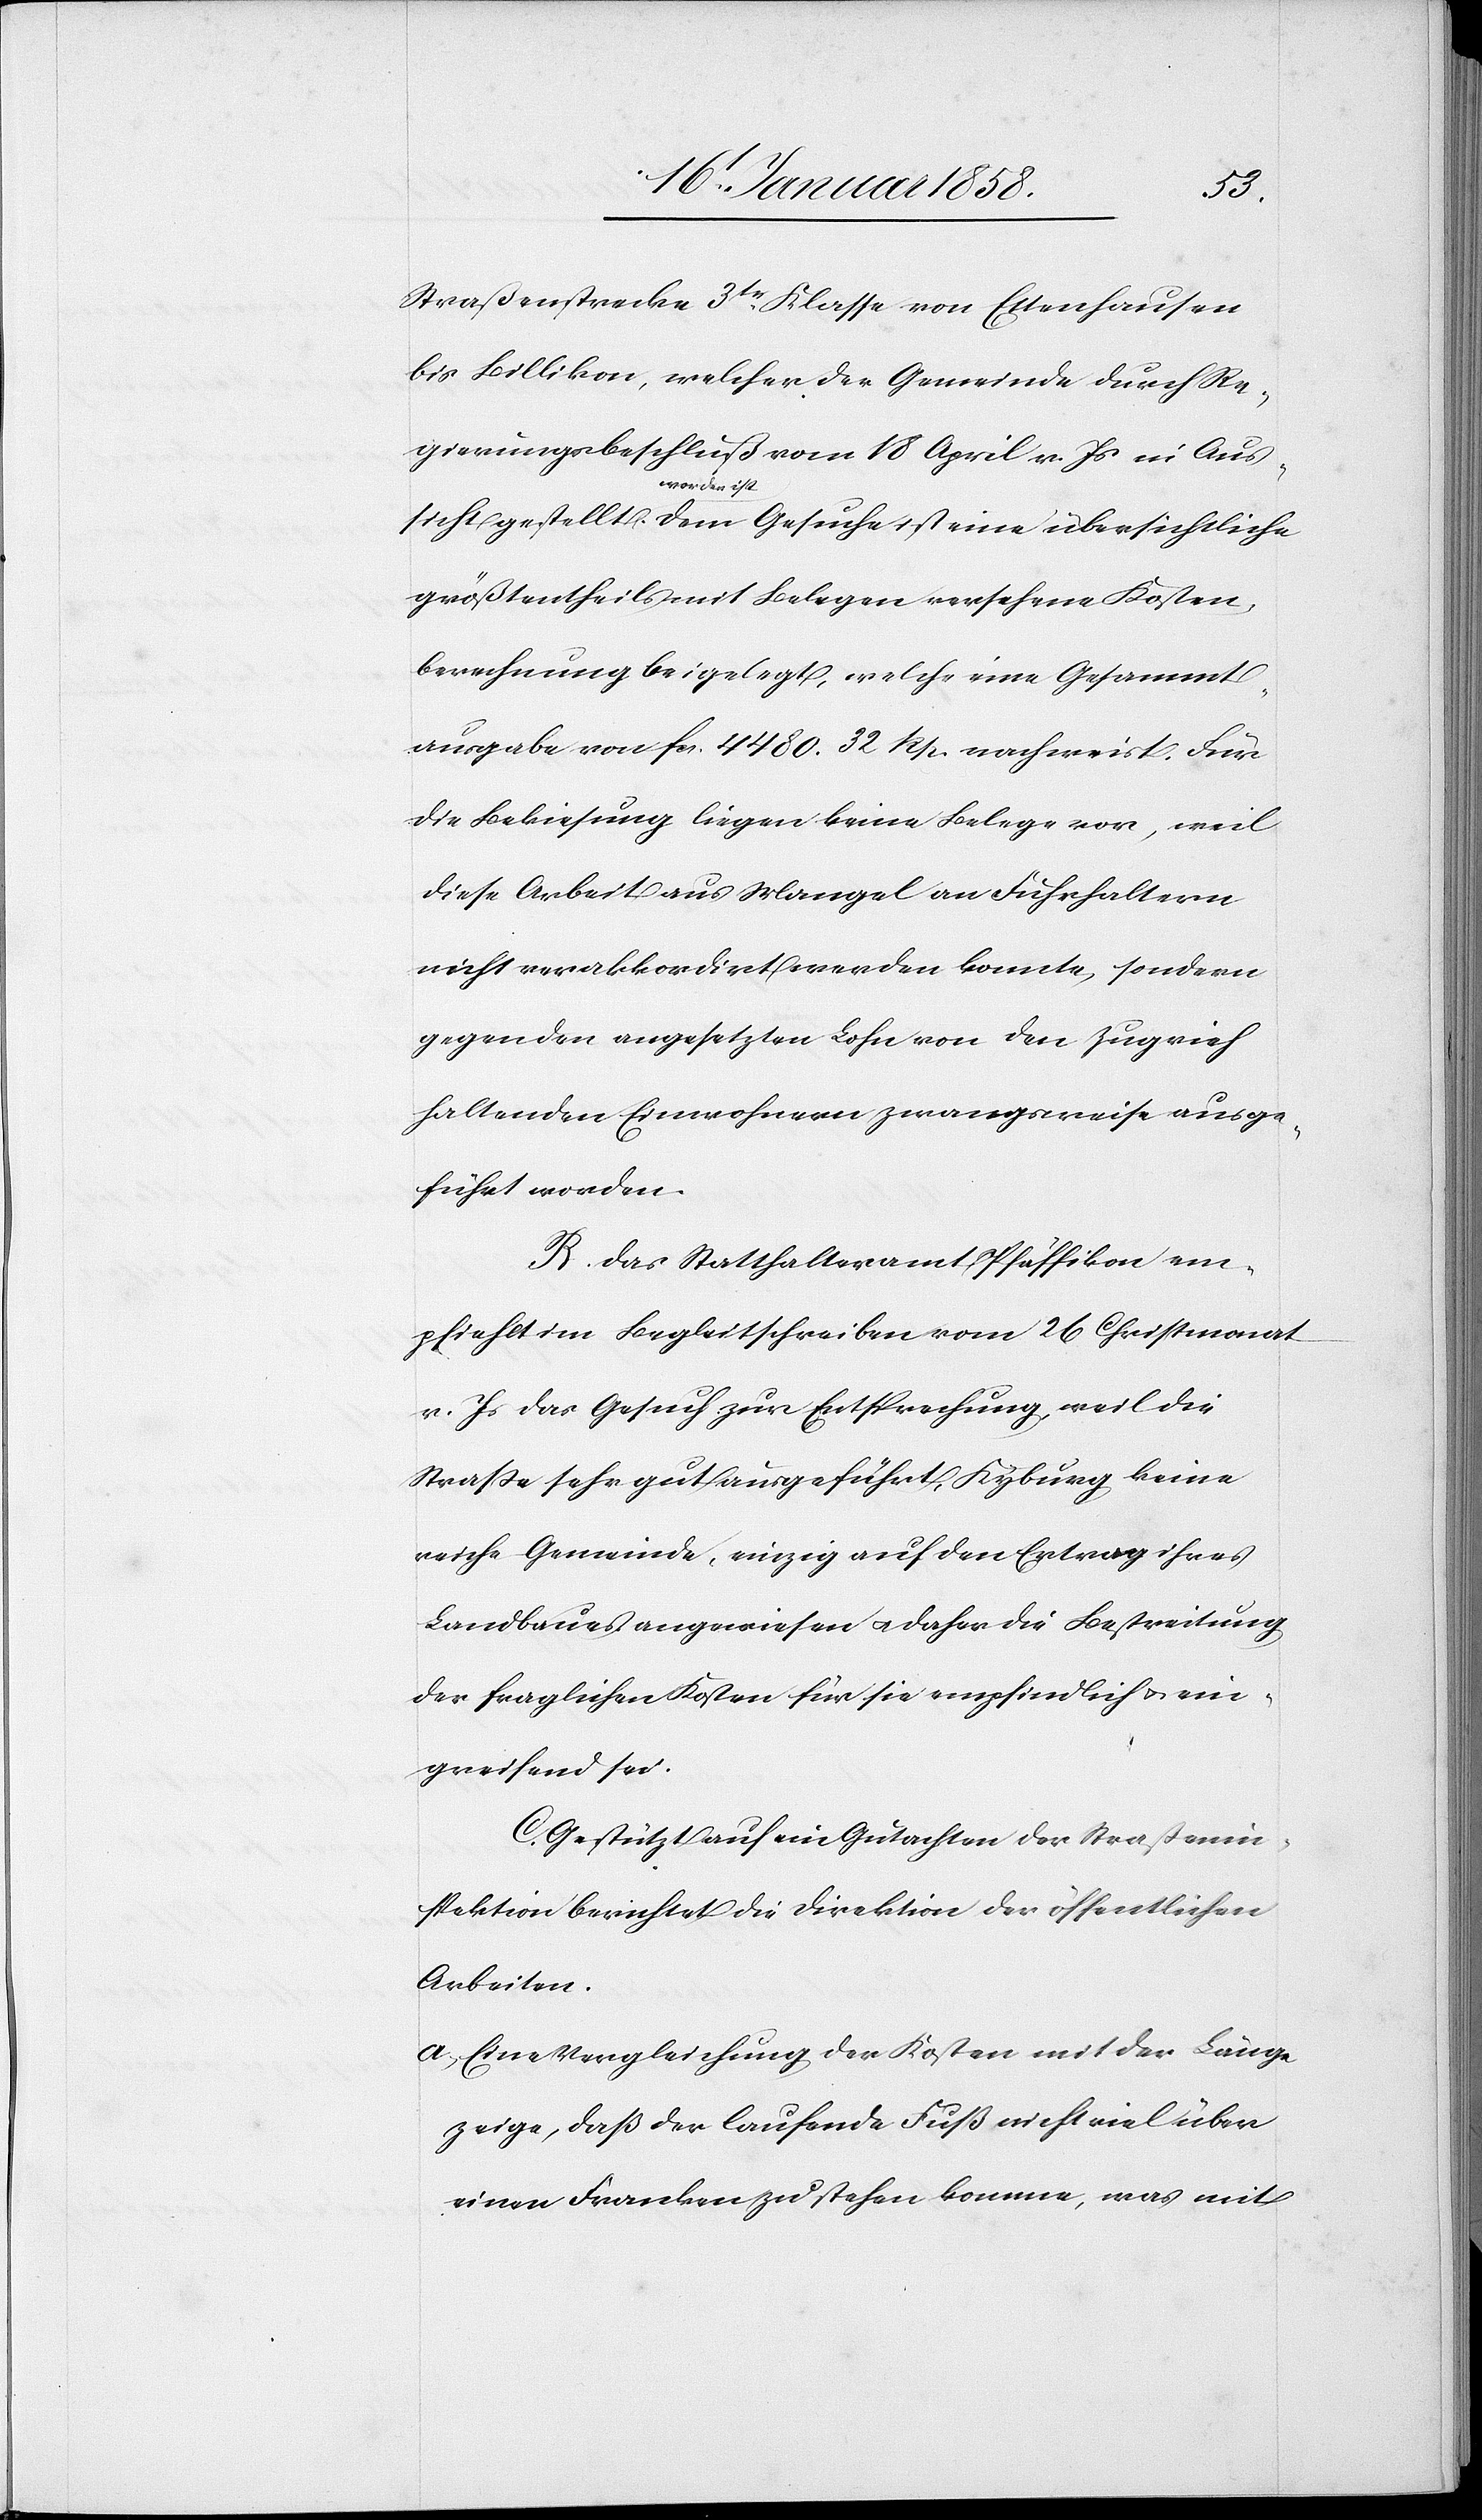
Straßenstrecke 3te. Klasse von Ettenhausen
bis Billikon, welcher der Gemeinde durch Re¬
gierungsbeschluß vom 18 April v. Js in Auss¬
worden
ist
größtentheils mit Belegen versehene Kosten¬
berechnung beigelegt, welche eine Gesammt¬
ausgabe von fcs. 4480. 32. Rp. nachweist. Für
die Bekiesung liegen keine Belege vor, weil
diese Arbeit aus Mangel an Fuhrhaltern
nicht verakkordirt werden konnte, sondern
gegen den angesetzten Lohn von den Zugvieh
haltenden Einwohnern zwangsweise ausge¬
führt worden.
B. Das Statthalteramt Pfäffikon em¬
pfiehlt im Begleitschreiben vom 26 Christmonat
v. Js das Gesuch zur Entsprechung, weil die
Straße sehr gut ausgeführt, Kybrug keine
reiche Gemeinde, einzig auf den Ertrag ihres
Landbaues angewiesen u. daher die Bestreitung
der fraglichen Kosten für sie empfindlich u. ein¬
greifend sei.
C. Gestützt auf ein Gutachten der Straßenin¬
spektion berichtet die Direktion der öffentlichen
Arbeiten.
a, Eine Vergleichung der Kosten mit der Länge
zeige, daß der laufende Fuß nicht viel über
einen Franken zu stehen komme, was mit